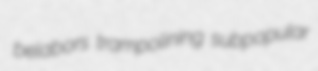
belabors trampolining subpopular